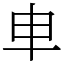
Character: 𠦆